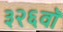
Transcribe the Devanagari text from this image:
३२६वॉ